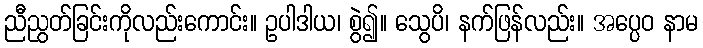
ညီညွတ်ခြင်းကိုလည်းကောင်း။ ဥပါဒါယ၊ စွဲ၍။ သွေပိ၊ နက်ဖြန်လည်း။ အပ္ပေဝ နာမ